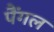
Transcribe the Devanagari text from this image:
पैंगल